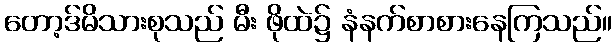
တော့ဒ်မိသားစုသည် မီး ဖိုထဲ၌ နံနက်စာစားနေကြသည်။